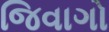
જિવાગો